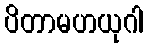
ပိတာမဟယုဂါ